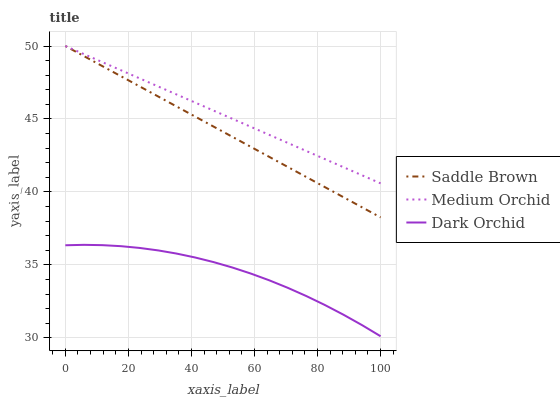
| xaxis_label | Saddle Brown | Medium Orchid | Dark Orchid |
 | --- | --- | --- | --- |
 | 0 | 50 | 50 | 36.3 |
 | 5.88 | 49.3 | 49.4 | 36.4 |
 | 11.8 | 48.6 | 48.9 | 36.4 |
 | 17.6 | 47.9 | 48.3 | 36.3 |
 | 23.5 | 47.2 | 47.8 | 36.2 |
 | 29.4 | 46.5 | 47.2 | 36 |
 | 35.3 | 45.9 | 46.7 | 35.8 |
 | 41.2 | 45.2 | 46.1 | 35.5 |
 | 47.1 | 44.5 | 45.6 | 35.2 |
 | 52.9 | 43.8 | 45 | 34.8 |
 | 58.8 | 43.1 | 44.5 | 34.4 |
 | 64.7 | 42.4 | 43.9 | 33.9 |
 | 70.6 | 41.7 | 43.4 | 33.4 |
 | 76.5 | 41 | 42.8 | 32.9 |
 | 82.4 | 40.3 | 42.2 | 32.2 |
 | 88.2 | 39.6 | 41.7 | 31.6 |
 | 94.1 | 38.9 | 41.1 | 30.9 |
 | 100 | 38.3 | 40.6 | 30.1 |